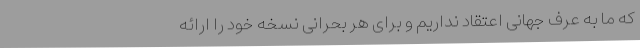
که ما به عرف جهانی اعتقاد نداریم و برای هر بحرانی نسخه خود را ارائه